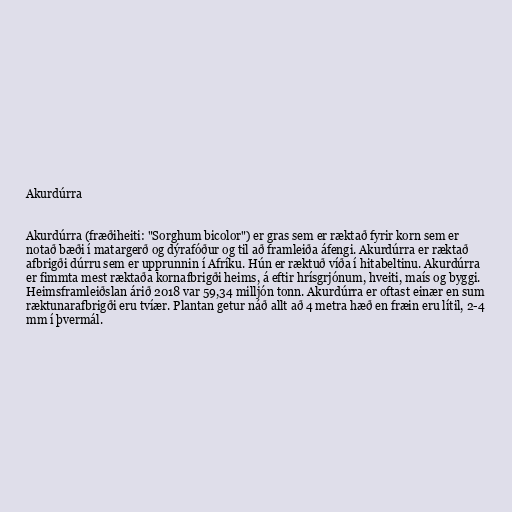
Akurdúrra

Akurdúrra (fræðiheiti: "Sorghum bicolor") er gras sem er ræktað fyrir korn sem er
notað bæði í matargerð og dýrafóður og til að framleiða áfengi. Akurdúrra er ræktað
afbrigði dúrru sem er upprunnin í Afríku. Hún er ræktuð víða í hitabeltinu. Akurdúrra
er fimmta mest ræktaða kornafbrigði heims, á eftir hrísgrjónum, hveiti, maís og byggi.
Heimsframleiðslan árið 2018 var 59,34 milljón tonn. Akurdúrra er oftast einær en sum
ræktunarafbrigði eru tvíær. Plantan getur náð allt að 4 metra hæð en fræin eru lítil, 2-4
mm í þvermál.